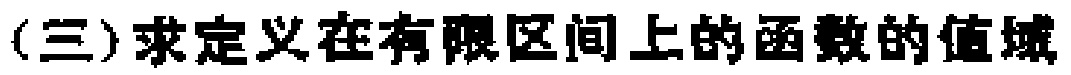
(三)求定义在有限区间上的函数的值域